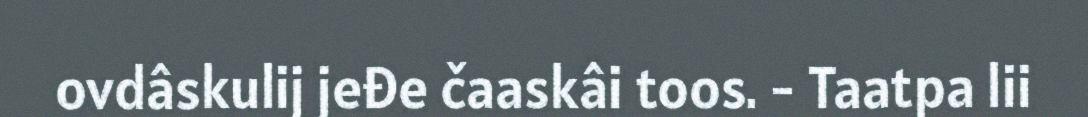
ovdâskulij jeđe čaaskâi toos. - Taatpa lii